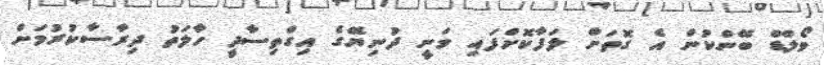
ވޯލްޑް ބޭންކުން އެ ގޮތަށް ލަފާކޮށްފައި ވަނީ ދުނިޔޭގެ އިގްތިސާދީ ހާލަތު ދިރާސާކުރުމަށް